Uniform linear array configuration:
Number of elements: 64
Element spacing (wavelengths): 0.75
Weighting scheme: hann
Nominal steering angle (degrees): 30
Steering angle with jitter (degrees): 29.072
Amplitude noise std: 0.05
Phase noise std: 0.05

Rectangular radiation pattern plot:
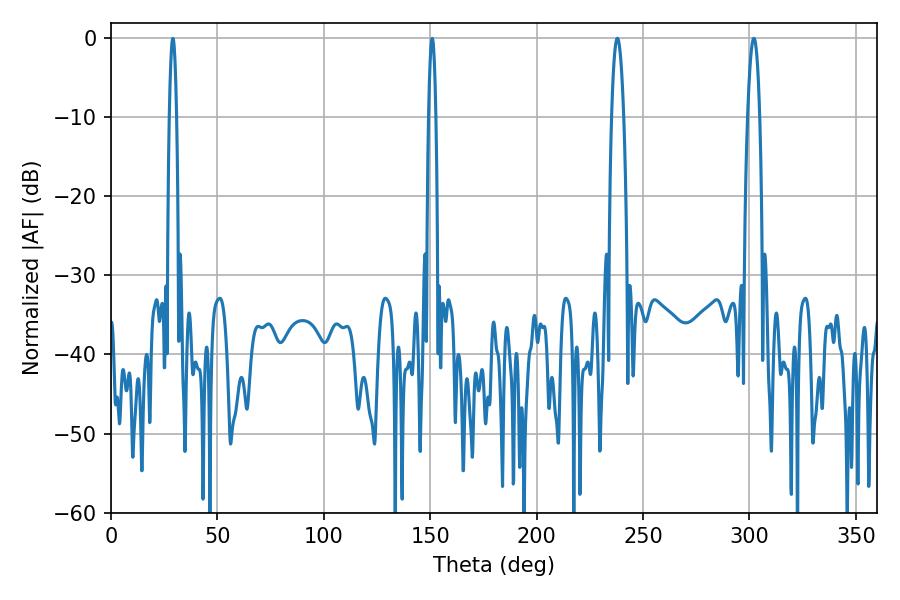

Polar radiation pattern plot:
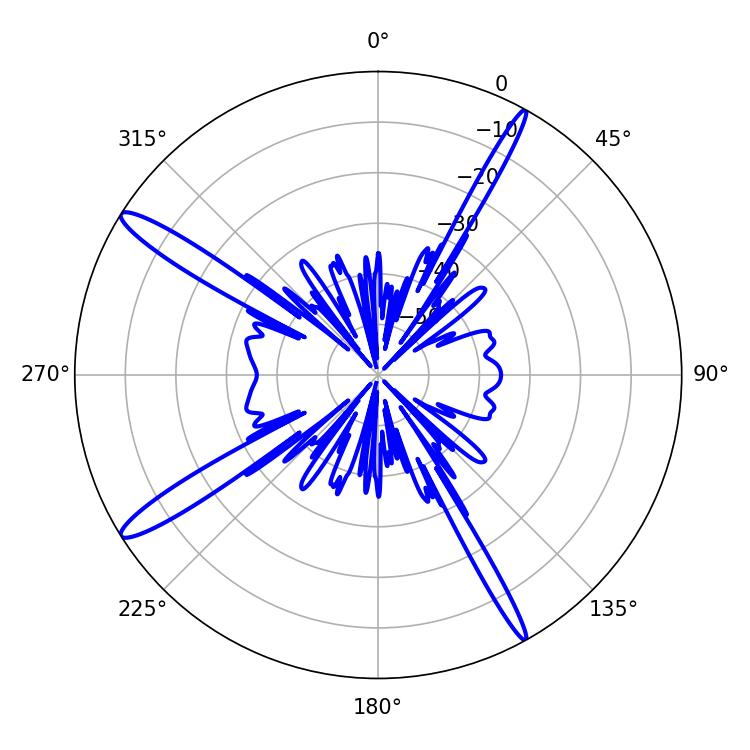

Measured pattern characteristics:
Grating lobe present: TRUE
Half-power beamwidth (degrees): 3.24
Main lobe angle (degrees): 237.96